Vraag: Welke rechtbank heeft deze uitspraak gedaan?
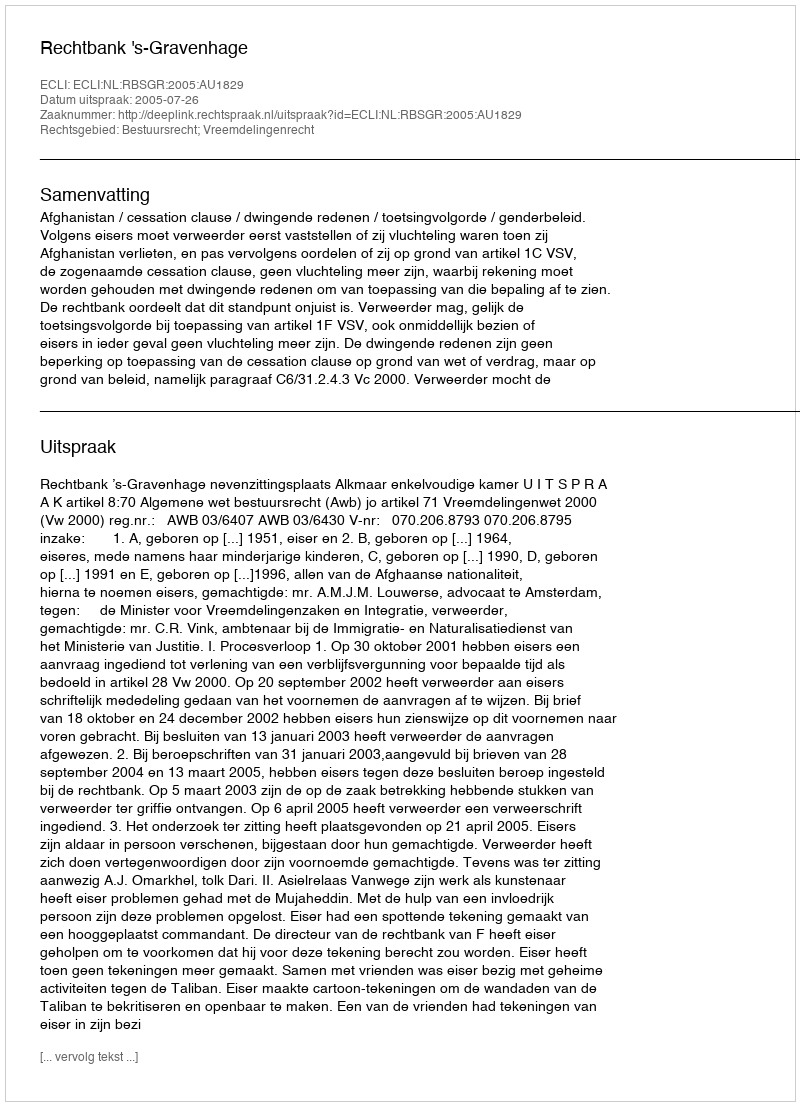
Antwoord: Rechtbank 's-Gravenhage